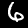
Digit: 6